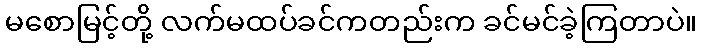
မစောမြင့်တို့ လက်မထပ်ခင်ကတည်းက ခင်မင်ခဲ့ကြတာပဲ။